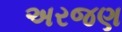
અરજણ